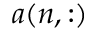
a ( n , : )